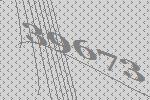
39673